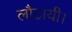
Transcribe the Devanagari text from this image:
लौटायी।